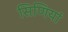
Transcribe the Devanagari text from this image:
सिणियां